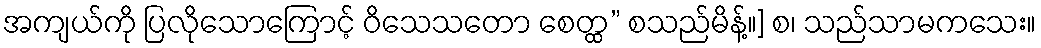
အကျယ်ကို ပြလိုသောကြောင့် ဝိသေသတော စေတ္ထ” စသည်မိန့်။] စ၊ သည်သာမကသေး။